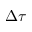
\Delta \tau